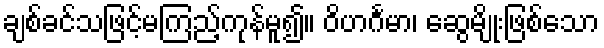
ချစ်ခင်သဖြင့်မကြည့်ကုန်မူ၍။ ဝိဟင်္ဂမာ၊ ဆွေမျိုးဖြစ်သော